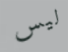
ليس